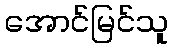
အောင်မြင်သူ